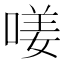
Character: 𠷩